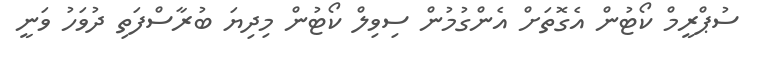
ސުޕްރީމް ކޯޓުން އެގޮތަށް އެންގުމުން ސިވިލް ކޯޓުން މިދިޔަ ބުރާސްފަތި ދުވަހު ވަނީ